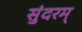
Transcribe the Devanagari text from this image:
सुंदरम्‌